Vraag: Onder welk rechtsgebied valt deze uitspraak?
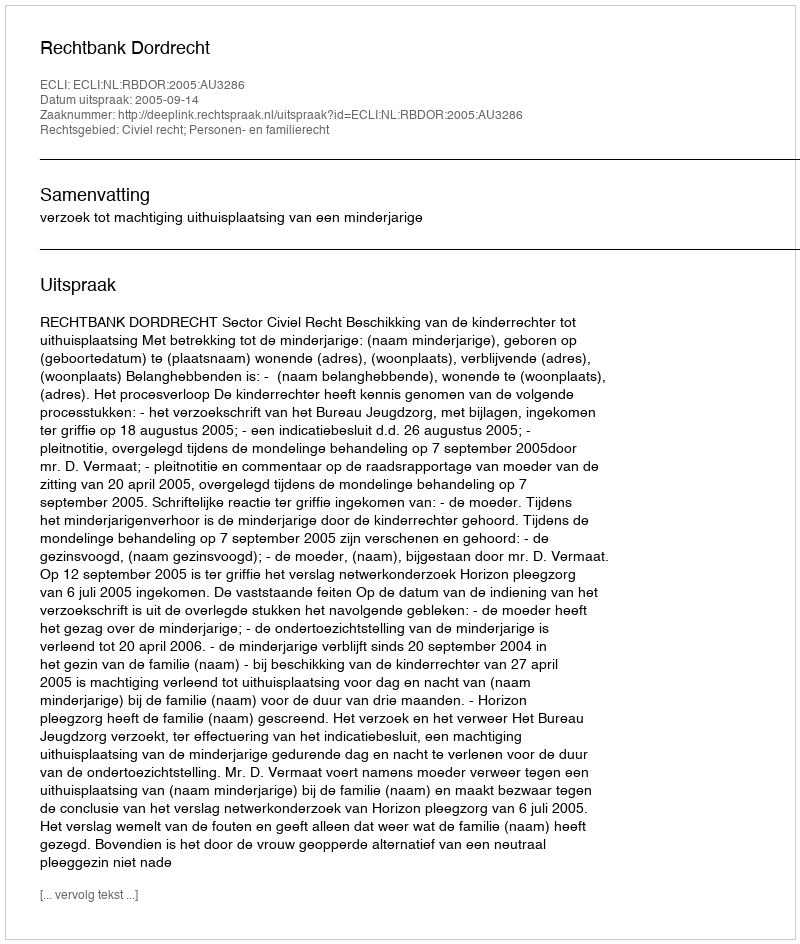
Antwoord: Civiel recht; Personen- en familierecht